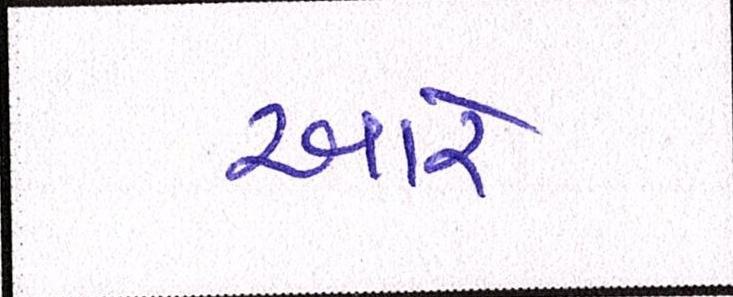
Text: આરે